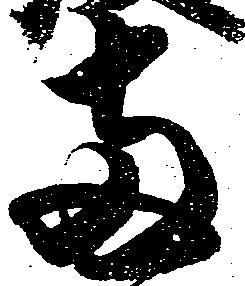
両